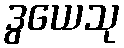
ဒွယေသု